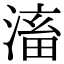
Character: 滀